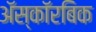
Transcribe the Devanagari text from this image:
अॅस्कॉरबिक